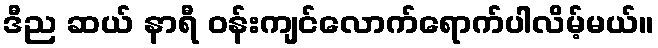
ဒီည ဆယ် နာရီ ဝန်းကျင်လောက်ရောက်ပါလိမ့်မယ်။